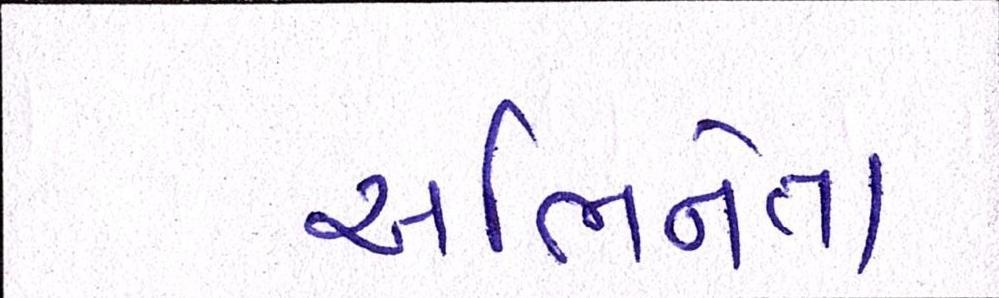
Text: અભિનેતા